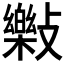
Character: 𣀝